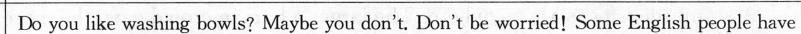
Do you like washing bowls? Maybe you don't. Don't be worried!Some English people have